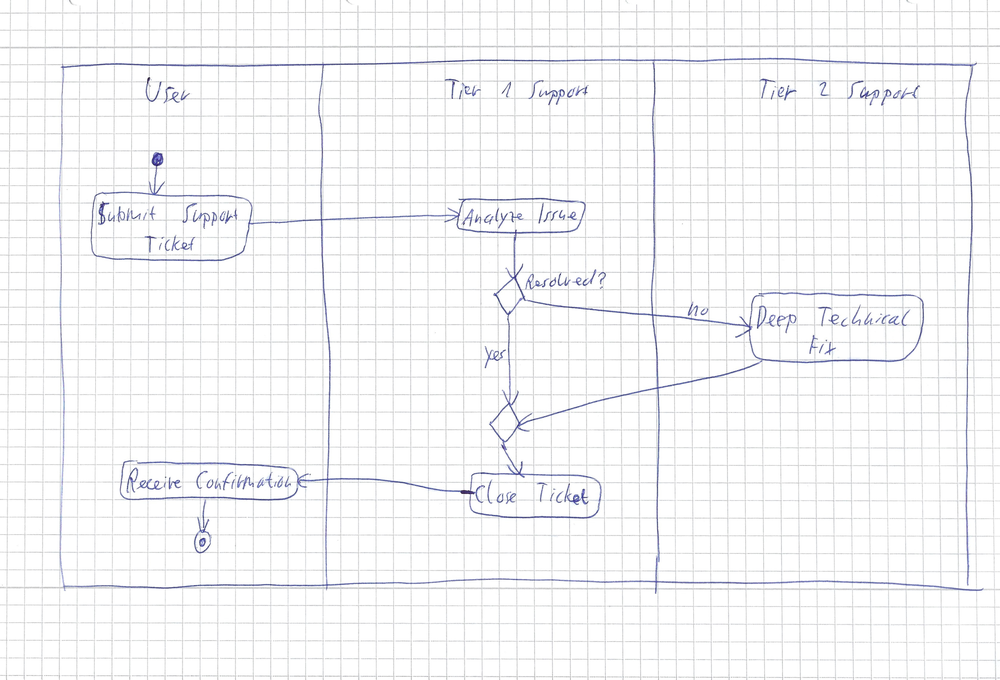
Diagram type: activity_diagram
```plantuml
@startuml

|User|
start
:Submit Support Ticket;
|Tier 1 Support|
:Analyze Issue;
if (Resolved?) then (no)
  |Tier 2 Support|
  :Deep Technical Fix;
else (yes)
endif
|Tier 1 Support|
:Close Ticket;
|User|
:Receive Confirmation;
stop

@enduml
```